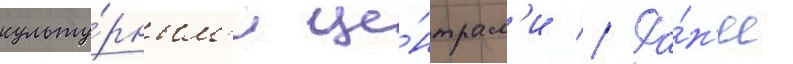
культу́рным'и це́нтрам'и // Ра́н'ее